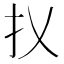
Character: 𢩩